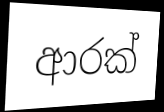
ආරක්